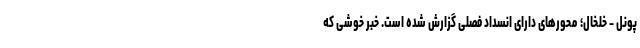
پونل - خلخال؛ محور‌های دارای انسداد فصلی گزارش شده است. خبر خوشی که